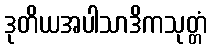
ဒုတိယအပါသာဒိကသုတ္တံ